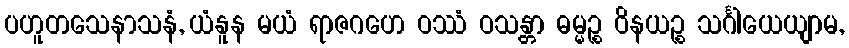
ပဟူတသေနာသနံ, ယံနူန မယံ ရာဇဂဟေ ဝဿံ ဝသန္တာ ဓမ္မဉ္စ ဝိနယဉ္စ သင်္ဂါယေယျာမ,